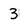
Character: 3